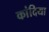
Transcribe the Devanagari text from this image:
कांदिया